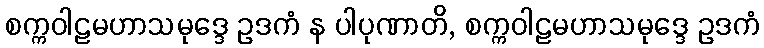
စက္ကဝါဠမဟာသမုဒ္ဒေ ဥဒကံ န ပါပုဏာတိ, စက္ကဝါဠမဟာသမုဒ္ဒေ ဥဒကံ